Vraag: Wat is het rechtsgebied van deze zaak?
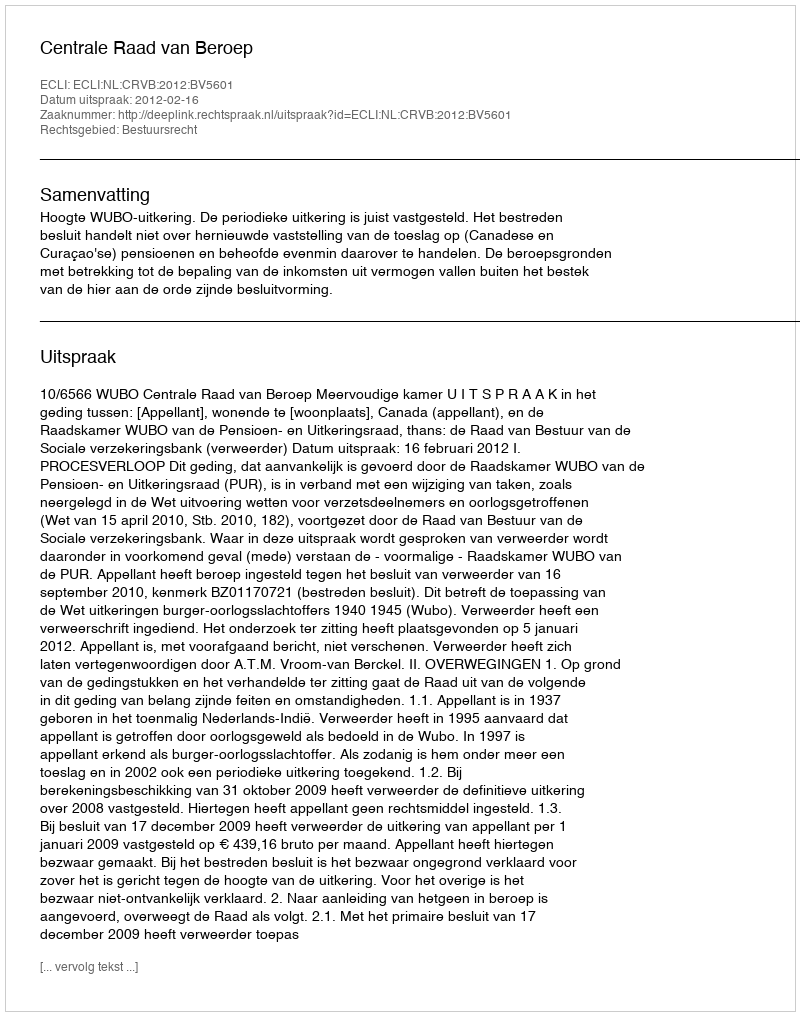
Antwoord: Bestuursrecht